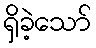
ရှိခဲ့သော်